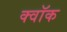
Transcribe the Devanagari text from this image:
क्वॉक